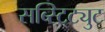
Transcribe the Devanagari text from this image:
सब्स्टिट्युट